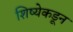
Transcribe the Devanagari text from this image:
शिष्येकडून